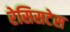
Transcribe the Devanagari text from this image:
रेसिसटेस